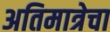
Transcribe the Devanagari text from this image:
अतिमात्रेचा